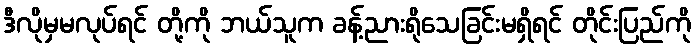
ဒီလိုမှမလုပ်ရင် တို့ကို ဘယ်သူက ခန့်ညားရိုသေခြင်းမရှိရင် တိုင်းပြည်ကို